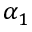
\alpha _ { 1 }